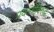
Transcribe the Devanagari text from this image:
प्रयत्‍नांविरुद्ध